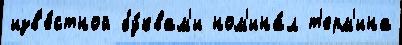
изв'е́стной бу́квам'и ном'ина́л т'ерм'ина